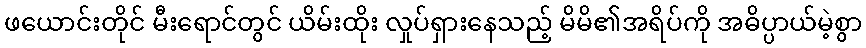
ဖယောင်းတိုင် မီးရောင်တွင် ယိမ်းထိုး လှုပ်ရှားနေသည့် မိမိ၏အရိပ်ကို အဓိပ္ပာယ်မဲ့စွာ